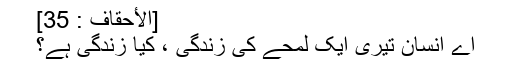
[الأحقاف : 35]
اے انسان تیری ایک لمحے کی زندگی ، کیا زندگی ہے؟